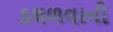
કથળવાની